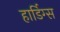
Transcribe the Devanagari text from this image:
हार्डिग्स